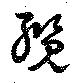
纜